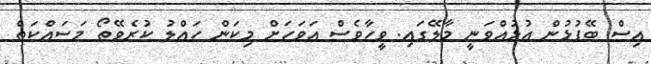
އިސް ބޭފުޅުން އުޅުއްވަނީ މާލޭގައި. ވީހާވެސް އަވަހަށް މިކަން ހައްލު ކުރެވޭތޯ މަސައްކަތް